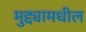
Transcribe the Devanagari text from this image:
मुद्द्यामधील